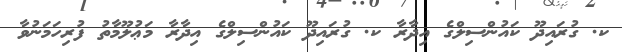
ކ. ގުރައިދޫ ކައުންސިލްގެ އިދާރާ ކ. ގުރައިދޫ ކައުންސިލްގެ އިދާރާ މަޢުލޫމާތު ފުރިހަމަނުވާ